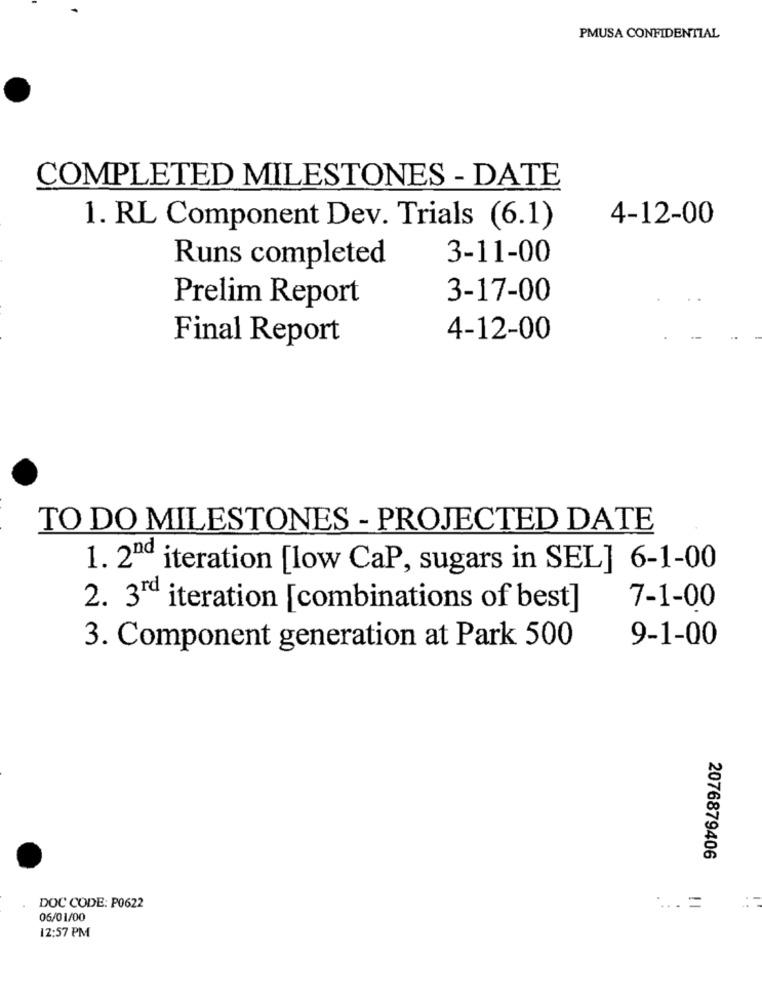
PMUSA CONFIDENTIAL
COMPLETED MILESTONES - DATE
4-12-00
1. RL Component Dev. Trials (6.1)
3-11-00
Runs completed
Prelim Report
3-17-00
Final Report
4-12-00
TO DO MILESTONES - PROJECTED DATE
1. 2ªª iteration [low CaP, sugars in SEL] 6-1-00
7-1-00
2. 3rd iteration [combinations of best]
9-1-00
3. Component generation at Park 500
2076879406
DOC CODE: P0622
06/01/00
12:57 PM